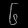
Digit: ၆